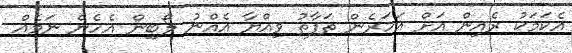
އެކަމަކު ރެއިން އަށް އަހަރެން ތަފާތު ވިއްޔާ އެއްނު ލޯބިން އެހެން ނަމެއް